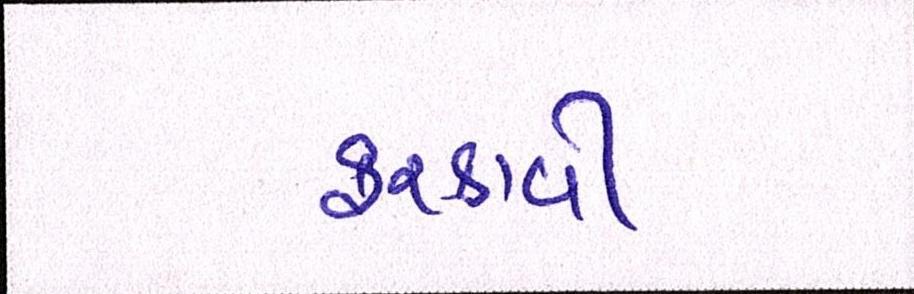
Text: ફરકાવી